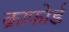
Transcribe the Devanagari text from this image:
क्राफ़ोर्ड